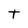
Character: t